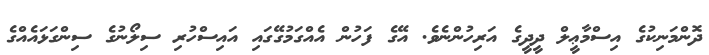
ދޮންމަނިކުގެ އިސްމާޢީލް ދީދީގެ އަރިހުންނެވެ. އޭގެ ފަހުން އެއްގަމުގޭގައި އައިސްހުރި ސިލޯނުގެ ސިންގަޅައެއްގެ